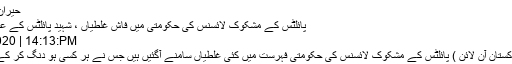
حیران کن تفصیلات
پائلٹس کے مشکوک لائسنس کی حکومتی میں فاش غلطیاں ، شہید پائلٹس کے علاوہ کن کن ...
Jun 28, 2020 | 14:13:PM
کراچی(ڈیلی پاکستان آن لائن ) پائلٹس کے مشکوک لائسنس کی حکومتی فہرست میں کئی غلطیاں سامنے آگئیں ہیں جس نے ہر کسی ہو دنگ کر کے رکھ دیاہے ۔